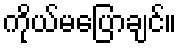
ကိုယ်မပြောချင်။